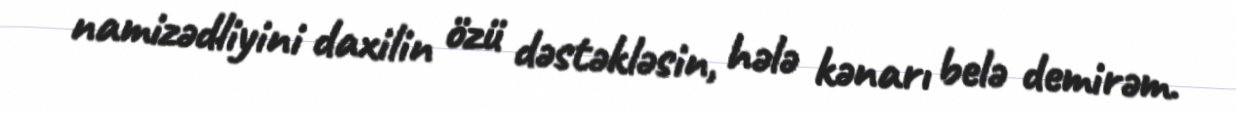
namizədliyini daxilin özü dəstəkləsin, hələ kənarı belə demirəm.